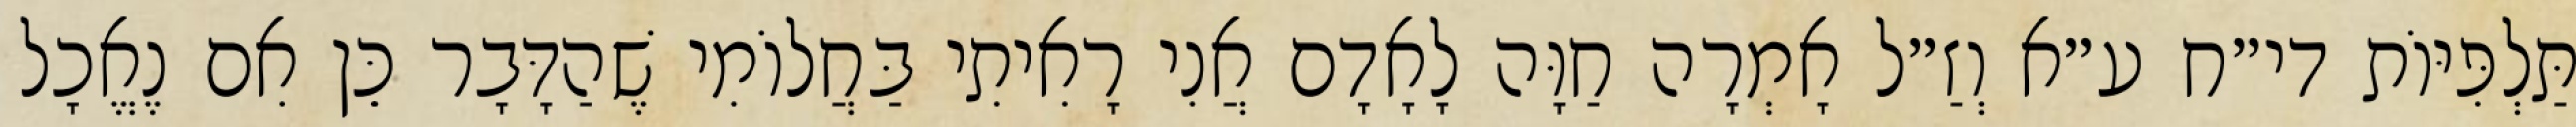
תַּלְפִּיּוֹת די״ח ע״א וְזַ״ל אָמְרָה חַוָּה לָאָדָם אֲנִי רָאִיתִי בַּחֲלוֹמִי שֶׁהַדָּבָר כֵּן אִם נֶאֱכָל